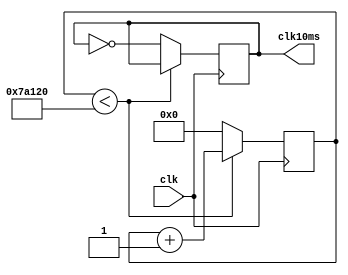
`timescale 1ns / 1ps
//////////////////////////////////////////////////////////////////////////////////
// Company: 
// Engineer: 
// 
// Design Name: 
// Module Name:    clk2 
// Project Name: 
// Target Devices: 
// Tool versions: 
// Description: 
//
// Dependencies: 
//
// Revision: 
// Revision 0.01 - File Created
// Additional Comments: 
//
//////////////////////////////////////////////////////////////////////////////////
module clk2(
	 input  clk,
	 output reg clk10ms
    );
	 
	 reg [24:0] cont;
	 
	 initial
	 begin
	 
		cont = 0;
		clk10ms = 0;
		
	end
		
	 
	always @(posedge clk)
		if(cont < 50'd500000)
		
			cont <= cont + 1;
			
		else
		begin
		
			cont <= 0;
			clk10ms <= ~clk10ms;
			
		end

endmodule